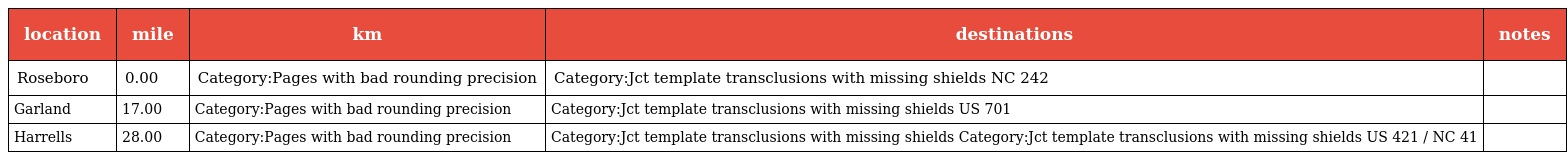
| location | mile | km | destinations | notes |
 | --- | --- | --- | --- | --- |
 | Roseboro | 0.00 | Category:Pages with bad rounding precision | Category:Jct template transclusions with missing shields NC 242 |  |
 | Garland | 17.00 | Category:Pages with bad rounding precision | Category:Jct template transclusions with missing shields US 701 |  |
 | Harrells | 28.00 | Category:Pages with bad rounding precision | Category:Jct template transclusions with missing shields Category:Jct template transclusions with missing shields US 421 / NC 41 |  |